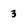
Character: 3